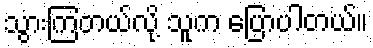
သွားကြတယ်လို့ သူက ပြောပါတယ်။